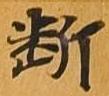
断